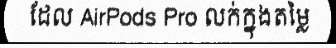
ដែល AirPods Pro លក់ក្នុងតម្លៃ